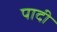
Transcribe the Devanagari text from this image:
पादी